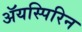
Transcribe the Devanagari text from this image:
ॲयस्पिरिन